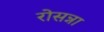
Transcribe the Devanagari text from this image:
रोसन्ना